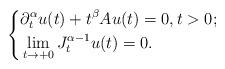
LaTeX: \begin{align*}\left\{\begin{aligned}&\partial_t^\alpha u(t) + t^{\beta}Au(t) = 0,t>0; \\&\lim\limits_{t\rightarrow +0}J_t^{\alpha-1} u(t) =0.\end{aligned}\right.\end{align*}